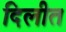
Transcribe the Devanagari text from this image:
दिलीत